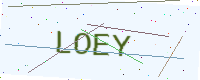
Text: LOEY